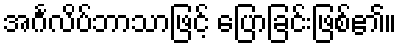
အင်္ဂလိပ်ဘာသာဖြင့် ပြောခြင်းဖြစ်၏။